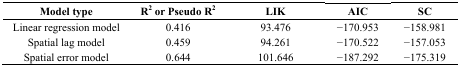
| Model type | R2 or Pseudo R2 | LIK | AIC | SC |
 | --- | --- | --- | --- | --- |
 | Linear regression model | 0.416 | 93.476 | −170.953 | −158.981 |
 | Spatial lag model | 0.459 | 94.261 | −170.522 | −157.053 |
 | Spatial error model | 0.644 | 101.646 | −187.292 | −175.319 |